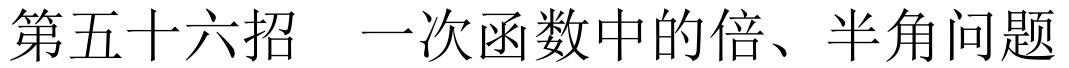
第五十六招  一次函数中的倍、半角问题